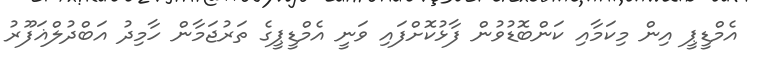
އެމްޑީޕީ އިން މިކަމާއި ކަންބޮޑުވުން ފާޅުކޮށްފައި ވަނީ އެމްޑީޕީގެ ތަރުޖަމާން ހާމިދު އަބްދުލްޣަފޫރު